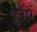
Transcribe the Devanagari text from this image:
कृषिं